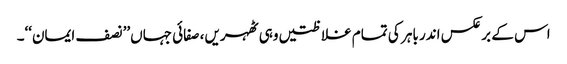
اس کے برعکس اندر باہر کی تمام غلاظتیں وہی ٹھہریں، صفائی جہاں’’نصف ایمان‘‘۔